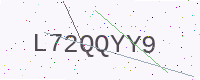
Text: L72QQYY9